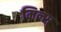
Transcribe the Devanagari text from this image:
मिल्स्